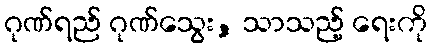
ဂုဏ်ရည် ဂုဏ်သွေး, သာသည့် ရေးကို